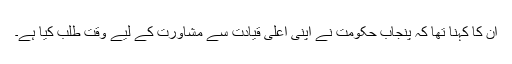
اُن کا کہنا تھا کہ پنجاب حکومت نے اپنی اعلی قیادت سے مشاورت کے لیے وقت طلب کیا ہے۔